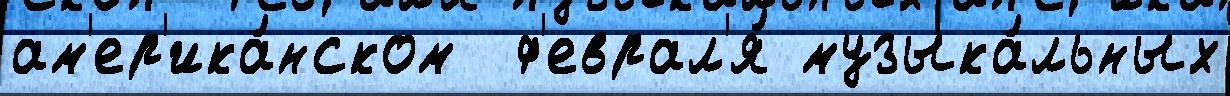
ам'ер'ика́нском  ф'еврал'я́ музыка́льных